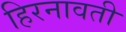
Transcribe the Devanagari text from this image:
हिरनावती